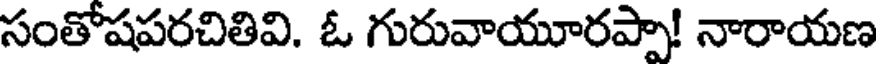
సంతోషపరచితివి. ఓ గురువాయూరప్పా! నారాయణ